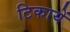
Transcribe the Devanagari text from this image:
टिकायें